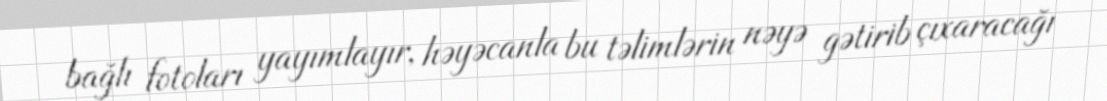
bağlı fotoları yayımlayır, həyəcanla bu təlimlərin nəyə gətirib çıxaracağı